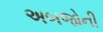
અબજોની